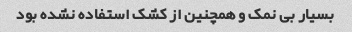
بسیار بی نمک و همچنین از کشک استفاده نشده بود